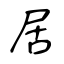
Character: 居